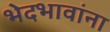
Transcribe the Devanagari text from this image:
भेदभावांना